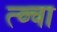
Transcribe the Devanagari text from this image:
त्व्चा